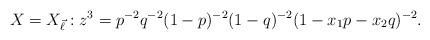
LaTeX: \begin{align*}&X=X_{\vec\ell}: z^3=p^{-2}q^{-2}(1-p)^{-2}(1-q)^{-2}(1-x_1 p-x_2q)^{-2}. \end{align*}